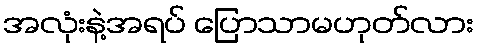
အလုံးနဲ့အရပ် ပြောသာမဟုတ်လား